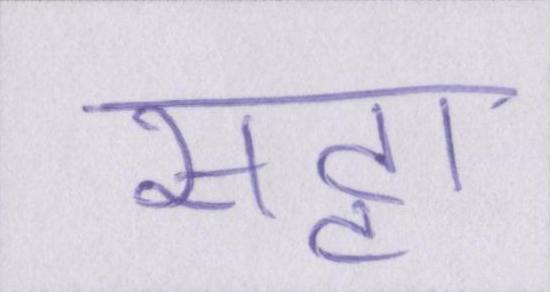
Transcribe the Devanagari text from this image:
सट्टा